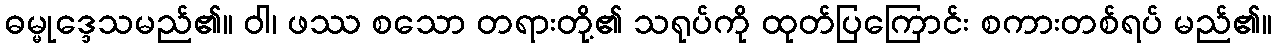
ဓမ္မုဒ္ဒေသမည်၏။ ဝါ၊ ဖဿ စသော တရားတို့၏ သရုပ်ကို ထုတ်ပြကြောင်း စကားတစ်ရပ် မည်၏။